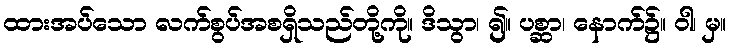
ထားအပ်သော လက်စွပ်အစရှိသည်တို့ကို။ ဒိသွာ၊ ၍။ ပစ္ဆာ၊ နောက်၌။ ဝါ၊ မှ။